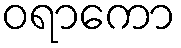
ဝရာကော